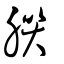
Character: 朕